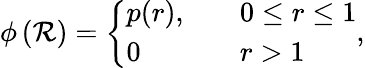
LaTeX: \phi\left(\mathcal{R}\right)=\left\{ \begin{array}{ll}{p(r),}&{\quad 0\leq r\leq 1}\\ {0}&{\quad r>1}\end{array}\right.,